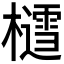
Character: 𪴐